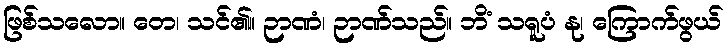
ဖြစ်သလော။ တေ၊ သင်၏။ ဉာဏံ၊ ဉာဏ်သည်။ ဘိံ သရူပံ နု၊ ကြောက်ဖွယ်